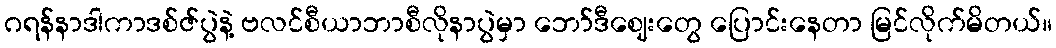
ဂရန်နာဒါကာဒစ်ဇ်ပွဲနဲ့ ဗလင်စီယာဘာစီလိုနာပွဲမှာ ဘော်ဒီဈေးတွေ ပြောင်းနေတာ မြင်လိုက်မိတယ်။